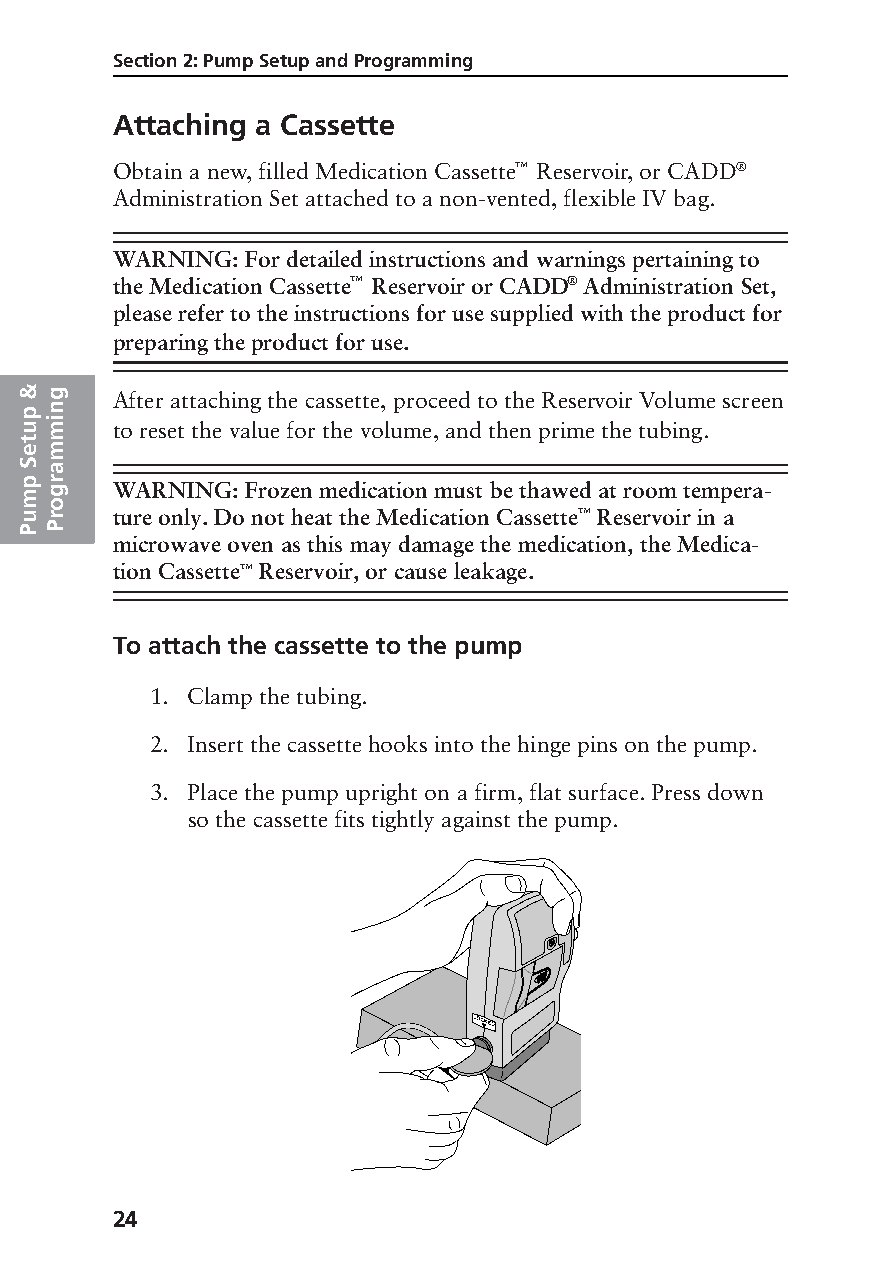
Section 2: Pump Setup and Programming
 Attaching a Cassette
 Obtain a new, filled Medication Cassette™ Reservoir, or CADD®
 Administration Set attached to a non-vented, flexible IV bag.
 WARNING: For detailed instructions and warnings pertaining to
 the Medication Cassette™ Reservoir or CADD® Administration Set,
 please refer to the instructions for use supplied with the product for
 preparing the product for use.
 &g
 After attaching the cassette, proceed to the Reservoir Volume screen
 p n
 umi   to reset the value for the volume, and then prime the tubing.
 t
 em
 Sa
 mp gr WARNING: Frozen medication must be thawed at room tempera-
 o
 ur    ture only. Do not heat the Medication Cassette™ Reservoir in a
 PP
 microwave oven as this may damage the medication, the Medica-
 tion Cassette™ Reservoir, or cause leakage.
 To attach the cassette to the pump
 1. Clamp the tubing.
 2. Insert the cassette hooks into the hinge pins on the pump.
 3. Place the pump upright on a firm, flat surface. Press down
 so the cassette fits tightly against the pump.
 1999-08-17 D. Zurn
 «Lgc Attach Cass Coin»
 24
 PROOF (LR #3086), 2000-03-16 «3935-51D Manual, Legacy 1»